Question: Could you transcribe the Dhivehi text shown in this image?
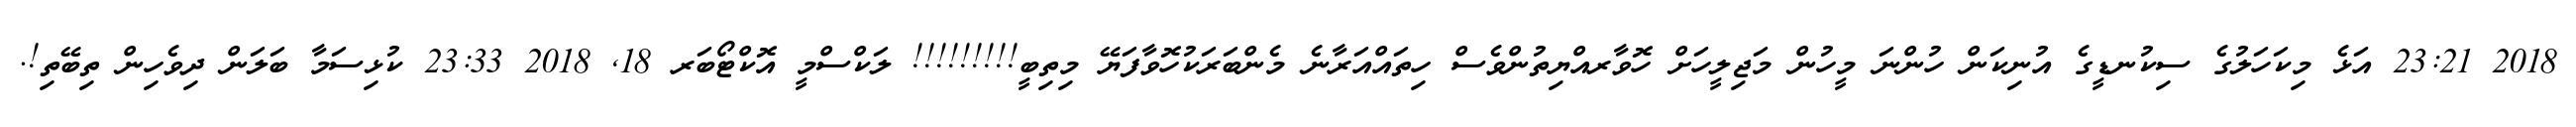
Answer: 2018 23:21 އަޅެ މިކަހަލުގެ ސިކުނޑީގެ އުނިކަން ހުންނަ މީހުން މަޖިލީހަށް ހޮވާރއްޔިތުންވެސް ހިތައްއަރާނެ މެންބަރަކުހޮވާފަޔޭ މިތިބީ!!!!!!!!! ލަކްސްމީ އޮކްޓޯބަރ 18, 2018 23:33 ކުޅިސަމާ ބަލަން ދިވެހިން ތިބޭތި!.